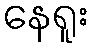
နေရူး